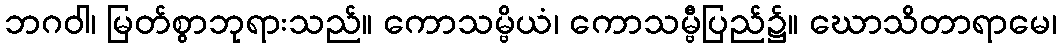
ဘဂဝါ၊ မြတ်စွာဘုရားသည်။ ကောသမ္ဗိယံ၊ ကောသမ္ဗီပြည်၌။ ဃောသိတာရာမေ၊